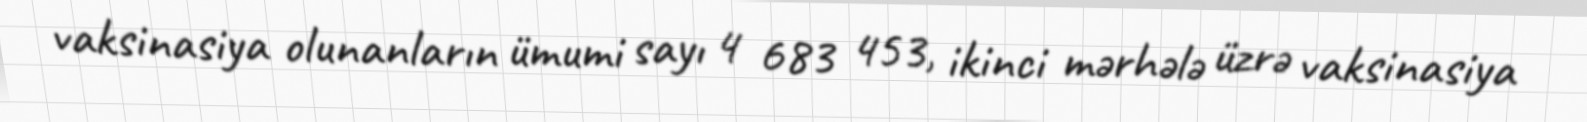
vaksinasiya olunanların ümumi sayı 4 683 453, ikinci mərhələ üzrə vaksinasiya